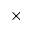
\times